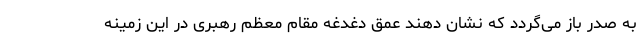
به صدر باز می‌گردد که نشان دهند عمق دغدغه مقام معظم رهبری در این زمینه